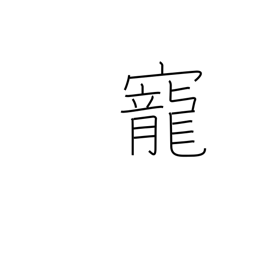
Meaning: love